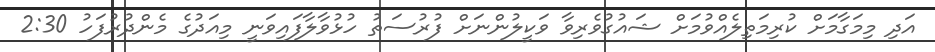
އަދި މިމަގާމަށް ކުރިމަތިލެއްވުމަށް ޝައުގުވެރިވާ ވަކީލުންނަށް ފުރުސަތު ހުޅުވާލާފައިވަނީ މިއަދުގެ މެންދުރުފަހު 2:30